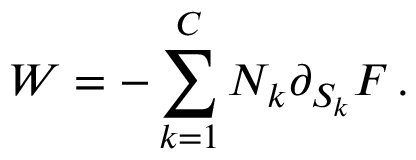
W = - \sum _ { k = 1 } ^ { C } N _ { k } \partial _ { S _ { k } } { \cal F } \, .